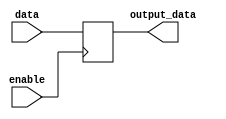
module data_enable_latch (
    input data,
    input enable,
    output reg output_data
);

always @ (posedge enable) begin
    if (enable == 1'b1) begin
        output_data <= data;
    end
end

endmodule